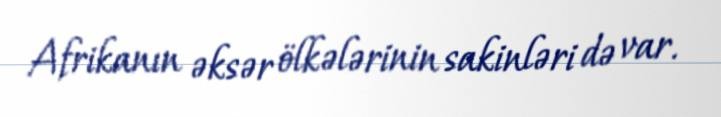
Afrikanın əksər ölkələrinin sakinləri də var.